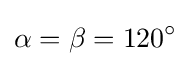
\alpha =\beta =120^{\circ }